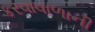
કરવાવાળાની